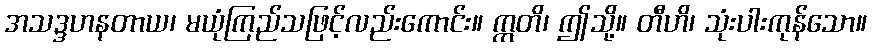
အသဒ္ဒဟနတာယ၊ မယုံကြည်သဖြင့်လည်းကောင်း။ ဣတိ၊ ဤသို့။ တီဟိ၊ သုံးပါးကုန်သော။